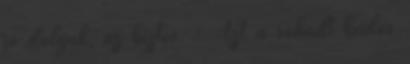
jó dolguk, az biztos. - Azt a rohadt büdös